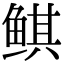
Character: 鲯